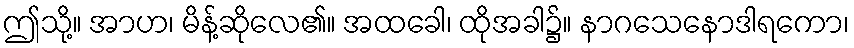
ဤသို့။ အာဟ၊ မိန့်ဆိုလေ၏။ အထခေါ၊ ထိုအခါ၌။ နာဂသေနောဒါရကော၊